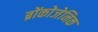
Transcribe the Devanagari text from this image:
ब्रोंकोजेनिक